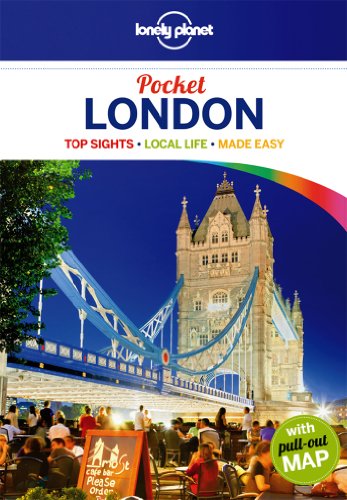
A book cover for Lonely Planet Pocket London (Travel Guide); Lonely Planet; Travel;